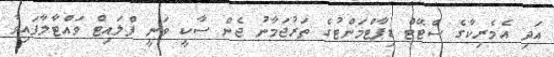
އަދި އެމެރިކާގެ ސްޓޭޓް ޑިޕާޓްމަންޓުގެ ތަރުޖަމާނު ޖެން ސާކީ ވަނީ ފްލައިޓް ވައްޓާލާފައިވާ